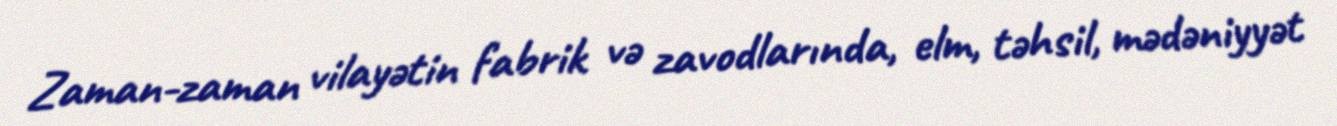
Zaman-zaman vilayətin fabrik və zavodlarında, elm, təhsil, mədəniyyət